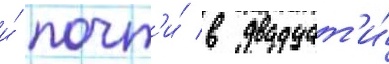
и́ почт'и́ в двадцат'и́